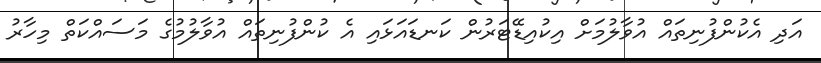
އަދި އެކުންފުނިތައް އުވާލުމަށް އިކުއިޑޭޓަރުން ކަނޑައަޅައި އެ ކުންފުނިތައް އުވާލުމުގެ މަސައްކަތް މިހާރު